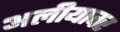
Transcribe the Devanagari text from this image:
अलीयावर